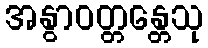
အနွာဝတ္တန္တေသု